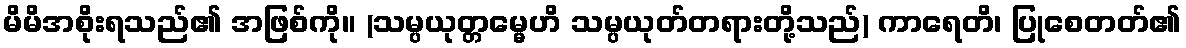
မိမိအစိုးရသည်၏ အဖြစ်ကို။ (သမ္ပယုတ္တမ္မေဟိ သမ္ပယုတ်တရားတို့သည်) ကာရေတိ၊ ပြုစေတတ်၏